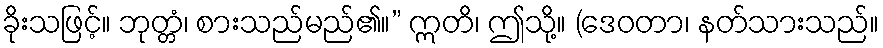
ခိုးသဖြင့်။ ဘုတ္တံ၊ စားသည်မည်၏။” ဣတိ၊ ဤသို့။ (ဒေဝတာ၊ နတ်သားသည်။